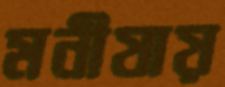
মনীষায়